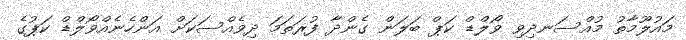
މައުލޫމާތު މުއްސަނދިވި ވޯލްޑް ކަޕް ބަލަން ގެންދާ ފުރަތަމަ ދިވެއްސަކަށް އަންހެނެއްވޯލްޑް ކަޕުގެ